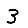
Digit: 3